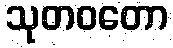
သုတဝတော